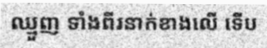
ឈ្មួញ ទាំងពីរនាក់ខាងលើ ទើប